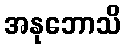
အနုဘောသိ